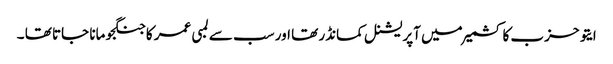
ایتو حزب کا کشمیر میں آپریشنل کمانڈر تھا اور سب سے لمبی عمر کا جنگجو مانا جاتا تھا ۔